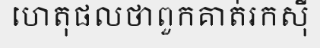
ហេតុផលថាពួកគាត់រកស៊ី